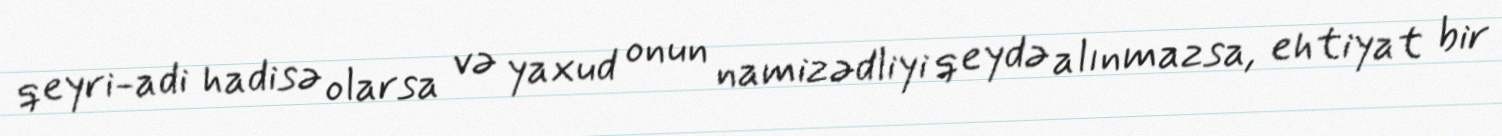
qeyri-adi hadisə olarsa və yaxud onun namizədliyi qeydə alınmazsa, ehtiyat bir